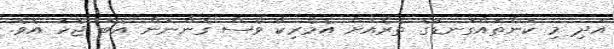
އަދި މި ކަންތައްގަނޑުގެ ތެރެއަށް އެމެރިކާ ވެސް ގެންނަން އެބަ ޖެހެ އެވެ.